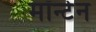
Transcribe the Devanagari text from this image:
मॉन्टेन